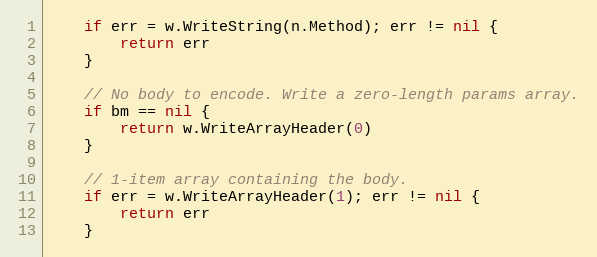
Language: Go
	if err = w.WriteString(n.Method); err != nil {
		return err
	}

	// No body to encode. Write a zero-length params array.
	if bm == nil {
		return w.WriteArrayHeader(0)
	}

	// 1-item array containing the body.
	if err = w.WriteArrayHeader(1); err != nil {
		return err
	}